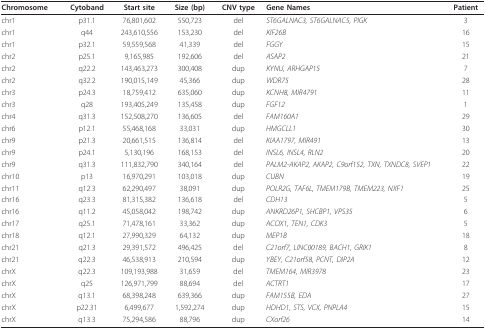
<table><thead><tr><td><b>Chromosome</b></td><td><b>Cytoband</b></td><td><b>Start site</b></td><td><b>Size (bp)</b></td><td><b>CNV type</b></td><td><b>Gene Names</b></td><td><b>Patient</b></td></tr></thead><tbody><tr><td>chr1</td><td>p31.1</td><td>76,801,602</td><td>550,723</td><td>del</td><td><i>ST6GALNAC3, ST6GALNAC5, PIGK</i></td><td>3</td></tr><tr><td>chr1</td><td>q44</td><td>243,610,556</td><td>153,230</td><td>del</td><td><i>KIF26B</i></td><td>16</td></tr><tr><td>chr1</td><td>p32.1</td><td>59,559,568</td><td>41,339</td><td>del</td><td><i>FGGY</i></td><td>15</td></tr><tr><td>chr2</td><td>p25.1</td><td>9,165,985</td><td>192,606</td><td>del</td><td><i>ASAP2</i></td><td>21</td></tr><tr><td>chr2</td><td>q22.2</td><td>143,463,273</td><td>300,408</td><td>dup</td><td><i>KYNU, ARHGAP15</i></td><td>7</td></tr><tr><td>chr2</td><td>q32.2</td><td>190,015,149</td><td>45,366</td><td>dup</td><td><i>WDR75</i></td><td>28</td></tr><tr><td>chr3</td><td>p24.3</td><td>18,759,412</td><td>635,060</td><td>dup</td><td><i>KCNH8, MIR4791</i></td><td>11</td></tr><tr><td>chr3</td><td>q28</td><td>193,405,249</td><td>135,458</td><td>dup</td><td><i>FGF12</i></td><td>1</td></tr><tr><td>chr4</td><td>q31.3</td><td>152,508,270</td><td>136,605</td><td>del</td><td><i>FAM160A1</i></td><td>29</td></tr><tr><td>chr6</td><td>p12.1</td><td>55,468,168</td><td>33,031</td><td>dup</td><td><i>HMGCLL1</i></td><td>30</td></tr><tr><td>chr9</td><td>p21.3</td><td>20,661,515</td><td>136,814</td><td>del</td><td><i>KIAA1797, MIR491</i></td><td>13</td></tr><tr><td>chr9</td><td>p24.1</td><td>5,130,196</td><td>168,153</td><td>del</td><td><i>INSL6, INSL4, RLN2</i></td><td>20</td></tr><tr><td>chr9</td><td>q31.3</td><td>111,832,790</td><td>340,164</td><td>del</td><td><i>PALM2-AKAP2, AKAP2, C9orf152, TXN, TXNDC8, SVEP1</i></td><td>22</td></tr><tr><td>chr10</td><td>p13</td><td>16,970,291</td><td>103,018</td><td>dup</td><td><i>CUBN</i></td><td>19</td></tr><tr><td>chr11</td><td>q12.3</td><td>62,290,497</td><td>38,091</td><td>dup</td><td><i>POLR2G, TAF6L, TMEM179B, TMEM223, NXF1</i></td><td>25</td></tr><tr><td>chr16</td><td>q23.3</td><td>81,315,382</td><td>136,618</td><td>del</td><td><i>CDH13</i></td><td>5</td></tr><tr><td>chr16</td><td>q11.2</td><td>45,058,042</td><td>198,742</td><td>dup</td><td><i>ANKRD26P1, SHCBP1, VPS35</i></td><td>6</td></tr><tr><td>chr17</td><td>q25.1</td><td>71,478,161</td><td>33,362</td><td>dup</td><td><i>ACOX1, TEN1, CDK3</i></td><td>5</td></tr><tr><td>chr18</td><td>q12.1</td><td>27,990,329</td><td>64,132</td><td>dup</td><td><i>MEP1B</i></td><td>18</td></tr><tr><td>chr21</td><td>q21.3</td><td>29,391,572</td><td>496,425</td><td>del</td><td><i>C21orf7, LINC00189, BACH1, GRIK1</i></td><td>8</td></tr><tr><td>chr21</td><td>q22.3</td><td>46,538,913</td><td>210,594</td><td>dup</td><td><i>YBEY, C21orf58, PCNT, DIP2A</i></td><td>12</td></tr><tr><td>chrX</td><td>q22.3</td><td>109,193,988</td><td>31,659</td><td>del</td><td><i>TMEM164, MIR3978</i></td><td>23</td></tr><tr><td>chrX</td><td>q25</td><td>126,971,799</td><td>88,694</td><td>del</td><td><i>ACTRT1</i></td><td>17</td></tr><tr><td>chrX</td><td>q13.1</td><td>68,398,248</td><td>639,366</td><td>dup</td><td><i>FAM155B, EDA</i></td><td>27</td></tr><tr><td>chrX</td><td>p22.31</td><td>6,499,677</td><td>1,592,274</td><td>dup</td><td><i>HDHD1, STS, VCX, PNPLA4</i></td><td>15</td></tr><tr><td>chrX</td><td>q13.3</td><td>75,294,586</td><td>88,796</td><td>dup</td><td><i>CXorf26</i></td><td>14</td></tr></tbody></table>